Statistical return of the lunatic asylum in Assam - 1912-1932
Year: 1912
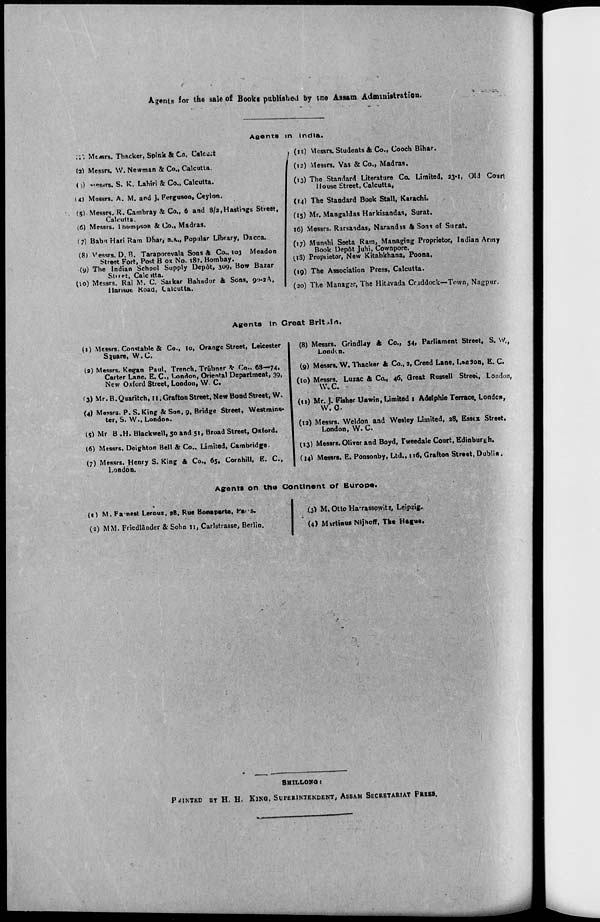
Agents for the sale of Books published by tne Assam Administration.
:;*, Mt^srs. Thacker, Spinh & Ca. Calt.u:
(a) Messrs. W. Newman & Co., Calcutta.
( 0 *t«a«rs. S. K. Lahiri & Co., Calcutta.
( O Messrs. A. M. and J. Ferguson, Ceylon.
A«ents in Indli
(it) Messrs. Students ft Co., Cooch Bihar.
(12) Messrs. Vas & Co., Madras.
(13) The Standard Literature Co. Limited, 33-1, Old Court
House Street, Calcutta,
I
(5) Messrs. R. Cambray & Co., 6 and 8/2,Hastings Street,
Calcutta.
(6) Messrs. I homuson & Co., Madras.
(?) Babu Hari Ram Dhar, B.A., Popular Library, Dacca.
(8) Vessrs. D. B. Taraporevala Sons ft Co., 103 Meadon
Street Fort, Post B ox No. 187. Bombay.
(9) The Indian School Supply Depot, 309, Bow Bazar
Stiret, Calc «tta.
^io) Messrs. Rai M. C. Saikar Bahadur ft Sons, 90-2A,
iiansor. Koad, Calcutta.
(14) The Standard Book Stall, Karachi.
(15) Mr. Mangaldas Harkisandas, Surat.
16) Messrs. Rarsandas, Narandis ft Sons of Surat.
(17) Munshi Seeta Ram, Managing Proprietor, Indian Army
Book Dep6t Juhi, Cownpore.
(.18) Proprietor, New Kitabkhana, Poona.
(19) The Association Press, Calcutta.
• (20) The Manager, The Hitivada Cnddock—Town, Nagpur.
Agents In Great Britain.
(1) Messrs. Constable ft Co., 10, Orange Street, Leicester
Square, W.C.
(a) Messrs. Kegan Paul, Trench. Tr&bner * Co.. 68—74,
Carter Lane, E. C., London, Oriental Department, 39,
New Oxford Street, London, VV. C.
(3) Mr.B.Quaritch, 11, Grafton Street, New Bond Street, W.
(4) Messro. P. S.King & Son, 9, Bridge Street, Westmins-
ter, S. W., London.
(5) Mr B .H. Black well, 50 and 51, Broad Street, Oxford.
(6) Messrs. Deighton Bell St Co.. Limited, Cambridge.
(7) Messrs. Henry S. King ft Co., 65, Cornhill, E. C,
London.
(8) Messrs. Grindlay ft Co., 54, Parliament Street, S. Vf, t
Loath n.
(9) Messrs. W. Thacker ft Co., 2, Creed Lane, London, E. C.
(10) Messrs. Luzac ft Co., 46, Great Russell Streei, London,
W. C.
(11) Mr. J. Fisher Unwin, Limited t Adelphie Terrace, London,
W. 0.
(12) Messrs. Wei don and Wesley Limited, 28, Essex Street,
London, W. C.
(13) Messrs. Oliver and Boyd, I'weedale Court, Edinburgh.
(14^ Messrs. E. Ponsonby, Ltd., 116, Grafton Street, Dublin.
Agents on the Continent of Europe.
(l) M. Fa-nest Leroux, 28, Rue Bonaparte, fn s.
(a) MM. Friedlander & Sohn 11, Carlstrasse, Berlin.
(3) M. Otto Ha'rasSQwitz, Leipzig.
(4) Mutinus Nijhoff, The Hague.
SHII.LONQ :
POINTED BT H. H. KlKQ, SUPERINTENDENT, ASSAM SECRETARIAT PRHS3.